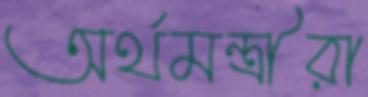
অর্থমন্ত্রীরা